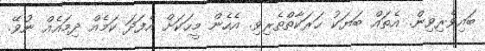
ބައިވެރިވިން. އެތައް ބަޔަކު ހަރަކާތްތެރިވި. އެހެން މީހަކަށް އެފަދަ ކަމެއް ދިމައެއް ނުވޭ.